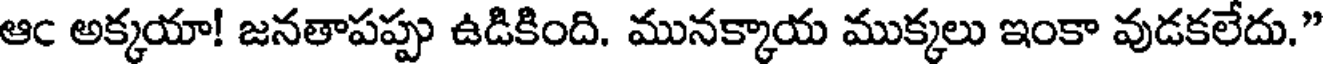
ఆఁ అక్కయా! జనతాపప్పు ఉడికింది. మునక్కాయ ముక్కలు ఇంకా వుడకలేదు."